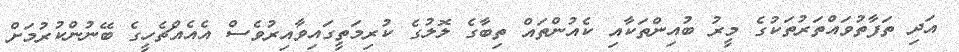
އަދި ތަފާތުވައްތަރުތަކުގެ މީރު ބުއިންތަކާއި ކެއުންތައް ތިބާގެ ލޮލުގެ ކުރިމަތީގައިވާއިރުވެސް އެއެއްޗެހީގެ ބޭނުންކުރުމަށް